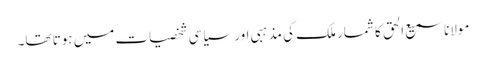
مولانا سمیع الحق کا شمار ملک کی مذہبی اور سیاسی شخصیات میں ہوتا تھا۔